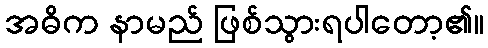
အဓိက နာမည် ဖြစ်သွားရပါတော့၏။